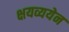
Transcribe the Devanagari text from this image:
क्षयव्ययेन